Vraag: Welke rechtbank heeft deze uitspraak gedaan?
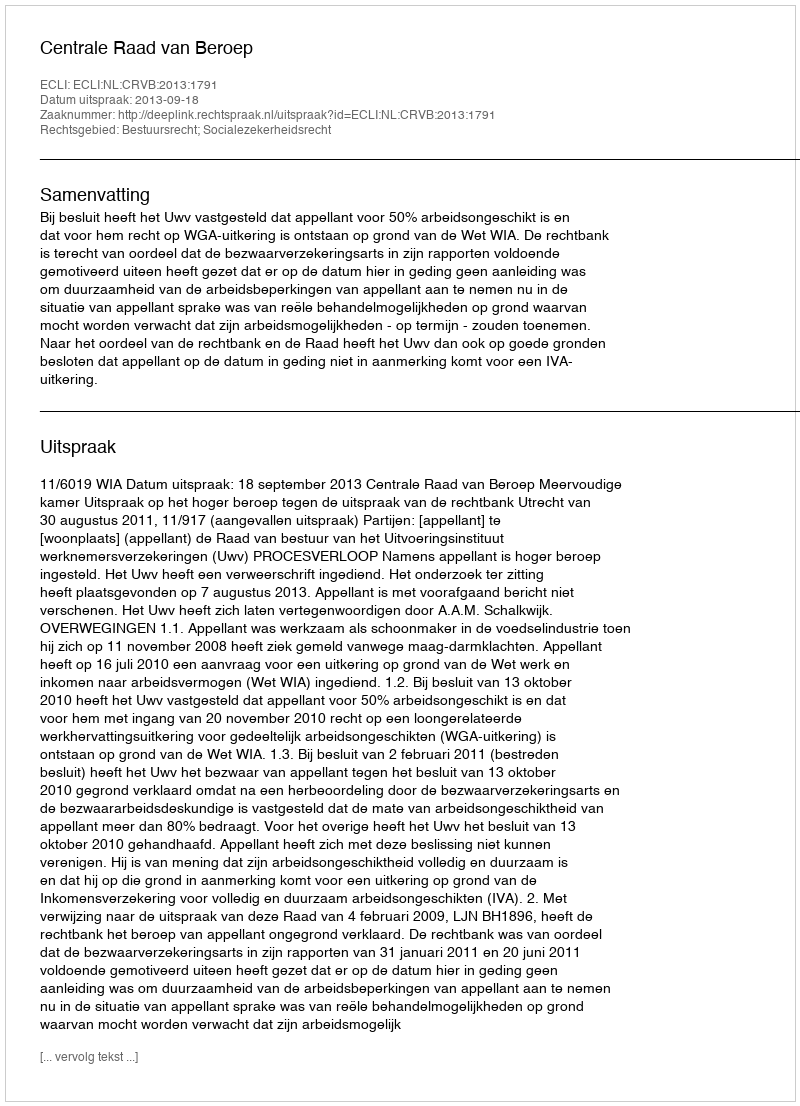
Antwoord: Centrale Raad van Beroep